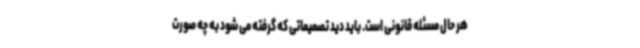
هر حال مسئله قانونی است. باید دید تصمیماتی که گرفته می شود به چه صورت